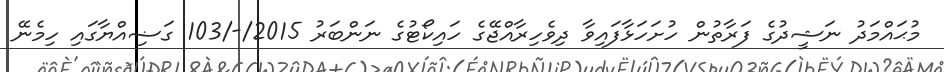
މުޙައްމަދު ނަޝީދުގެ ފަރާތުން ހުށަހަޅާފައިވާ ދިވެހިރާއްޖޭގެ ހައިކޯޓުގެ ނަންބަރު 2015/-/103 ގަޟިއްޔާގައި ހިމެނޭ